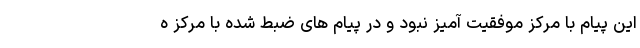
این پیام با مرکز موفقیت آمیز نبود و در پیام های ضبط شده با مرکز ه